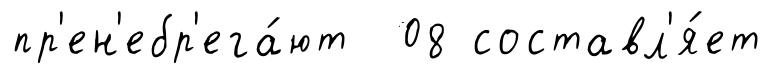
пр'ен'ебр'ега́ют 08 составл'я́ет